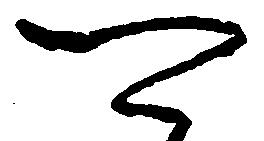
可